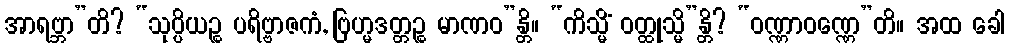
အာရဗ္ဘာ”တိ? “သုပ္ပိယဉ္စ ပရိဗ္ဗာဇကံ, ဗြဟ္မဒတ္တဉ္စ မာဏဝ”န္တိ။ “ကိသ္မိံ ဝတ္ထုသ္မိ”န္တိ? “ဝဏ္ဏာဝဏ္ဏေ”တိ။ အထ ခေါ